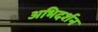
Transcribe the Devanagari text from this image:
अभिदर्शन